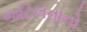
જટિલતાનો